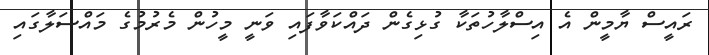
ރައީސް ޔާމީން އެ އިސްލާހުތަކާ ގުޅިގެން ދައްކަވާފައި ވަނީ މީހުން މެރުމުގެ މައްސަލާގައި